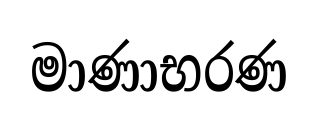
මාණාභරණ